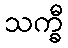
သက္ခီ